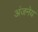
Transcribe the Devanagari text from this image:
अंजनेय